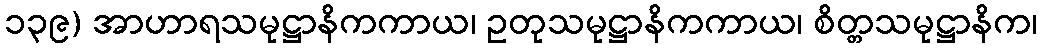
၁၃၉) အာဟာရသမုဋ္ဌာနိကကာယ၊ ဥတုသမုဋ္ဌာနိကကာယ၊ စိတ္တသမုဋ္ဌာနိက၊